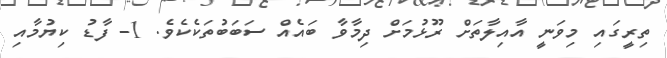
ތިރީގައި މިވަނީ އާއިލާތަށް ރޫޅުމަށް ދިމާވާ ބައެއް ސަބަބުތަކެކެވެ. 1- ފާޑު ކިޔުމާއި